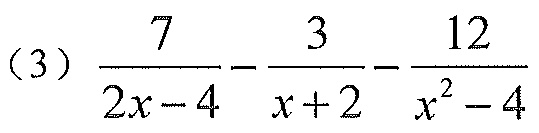
（3）\(\dfrac{7}{2x - 4}-\dfrac{3}{x + 2}-\dfrac{12}{x^{2}-4}\)